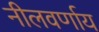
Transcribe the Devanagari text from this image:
नीलवर्णाय